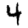
Digit: 4